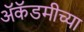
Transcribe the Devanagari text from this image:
अॅकॅडमीच्या